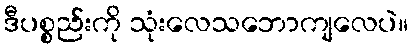
ဒီပစ္စည်းကို သုံးလေသဘောကျလေပဲ။